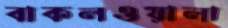
বাকলওয়ালা